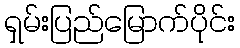
ရှမ်းပြည်မြောက်ပိုင်း